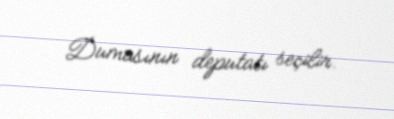
Dumasının deputatı seçilir.